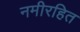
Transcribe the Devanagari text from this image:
नमीरहित